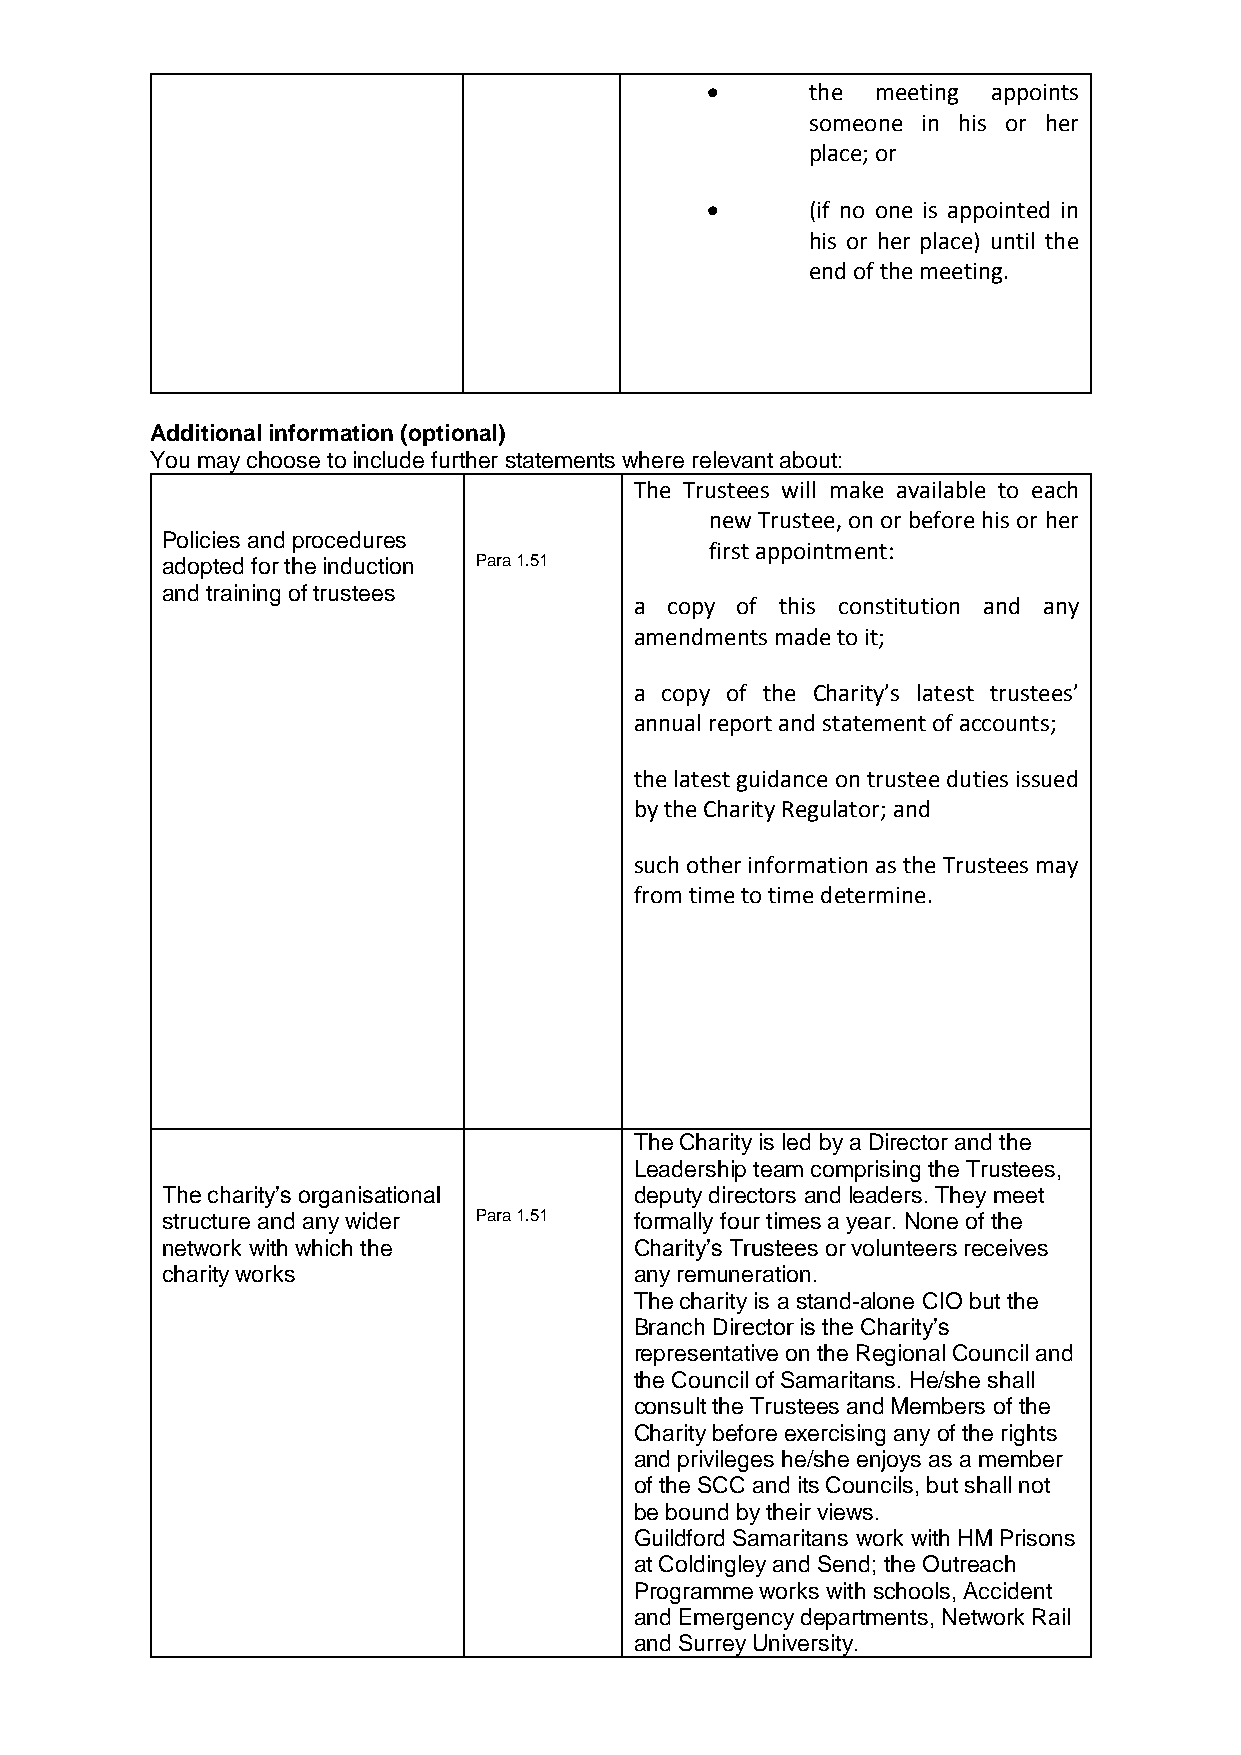
      the meeting appoints
 someone in his or her
 place; or
       (if no one is appointed in
 his or her place) until the
 end of the meeting.
 Additional information (optional)
 You may choose to include further statements where relevant about:
 The Trustees will make available to each
 new Trustee, on or before his or her
 Policies and procedures
 first appointment:
 adopted for the induction Para 1.51
 and training of trustees
 a copy of this constitution and any
 amendments made to it;
 a copy of the Charity’s latest trustees’
 annual report and statement of accounts;
 the latest guidance on trustee duties issued
 by the Charity Regulator; and
 such other information as the Trustees may
 from time to time determine.
 The Charity is led by a Director and the
 Leadership team comprising the Trustees,
 The charity’s organisational   deputy directors and leaders. They meet
 structure and any wider Para 1.51 formally four times a year. None of the
 network with which the         Charity’s Trustees or volunteers receives
 charity works                  any remuneration.
 The charity is a stand-alone CIO but the
 Branch Director is the Charity’s
 representative on the Regional Council and
 the Council of Samaritans. He/she shall
 consult the Trustees and Members of the
 Charity before exercising any of the rights
 and privileges he/she enjoys as a member
 of the SCC and its Councils, but shall not
 be bound by their views.
 Guildford Samaritans work with HM Prisons
 at Coldingley and Send; the Outreach
 Programme works with schools, Accident
 and Emergency departments, Network Rail
 and Surrey University.